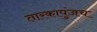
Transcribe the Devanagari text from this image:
तारकापुंजच